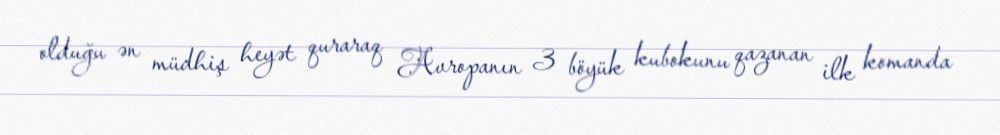
olduğu ən müdhiş heyət quraraq Avropanın 3 böyük kubokunu qazanan ilk komanda